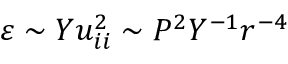
\varepsilon \sim Y u _ { i i } ^ { 2 } \sim P ^ { 2 } Y ^ { - 1 } r ^ { - 4 }